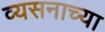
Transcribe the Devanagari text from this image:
व्यसनाच्या